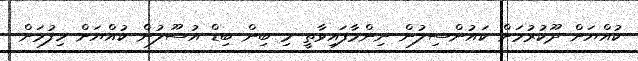
ކުއްޔަށް ދޫކުރުމަށް ކައުންސިލުން ނިންމާފައިވާތީ މި ބިން ބިޑް އުސޫލުން ކުއްޔަށް ހިފުމަށް